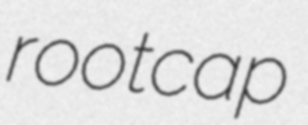
rootcap